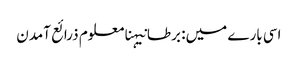
اسی بارے میں: برطانیہنامعلوم ذرائع آمدن